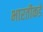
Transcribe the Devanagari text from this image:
भारतीकडे